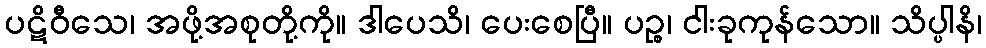
ပဋိဝီသေ၊ အဖို့အစုတို့ကို။ ဒါပေသိ၊ ပေးစေပြီ။ ပဉ္စ၊ ငါးခုကုန်သော။ သိပ္ပါနိ၊